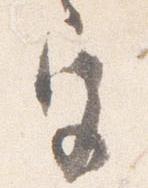
宮